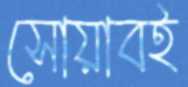
সোয়াবই